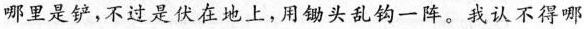
哪里是铲，不过是伏在地上，用锄头乱钩一阵。我认不得哪